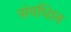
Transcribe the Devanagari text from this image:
संवधिान